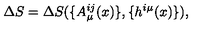
\Delta S = \Delta S ( \{ A _ { \mu } ^ { i j } ( x ) \} , \{ h ^ { i \mu } ( x ) \} ) ,